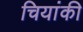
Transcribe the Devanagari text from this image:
चियांकी